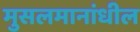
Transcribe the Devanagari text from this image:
मुसलमानांधील